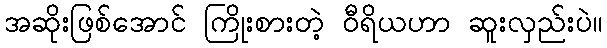
အဆိုးဖြစ်အောင် ကြိုးစားတဲ့ ဝီရိယဟာ ဆူးလှည်းပဲ။